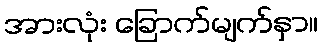
အားလုံး ခြောက်မျက်နှာ။